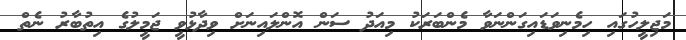
މަޖިލީހުގައި ހިމެނިވަޑައިގަންނަވާ މެންބަރަކު މިއަދު ސަން އޮންލައިނަށް ވިދާޅުވީ ޖަމީލުގެ އިތުބާރު ނެތް